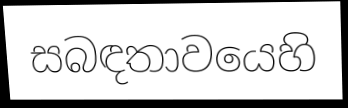
සබඳතාවයෙහි